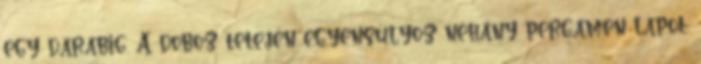
egy darabig. A doboz tetején egyensúlyoz néhány pergamen lapot.